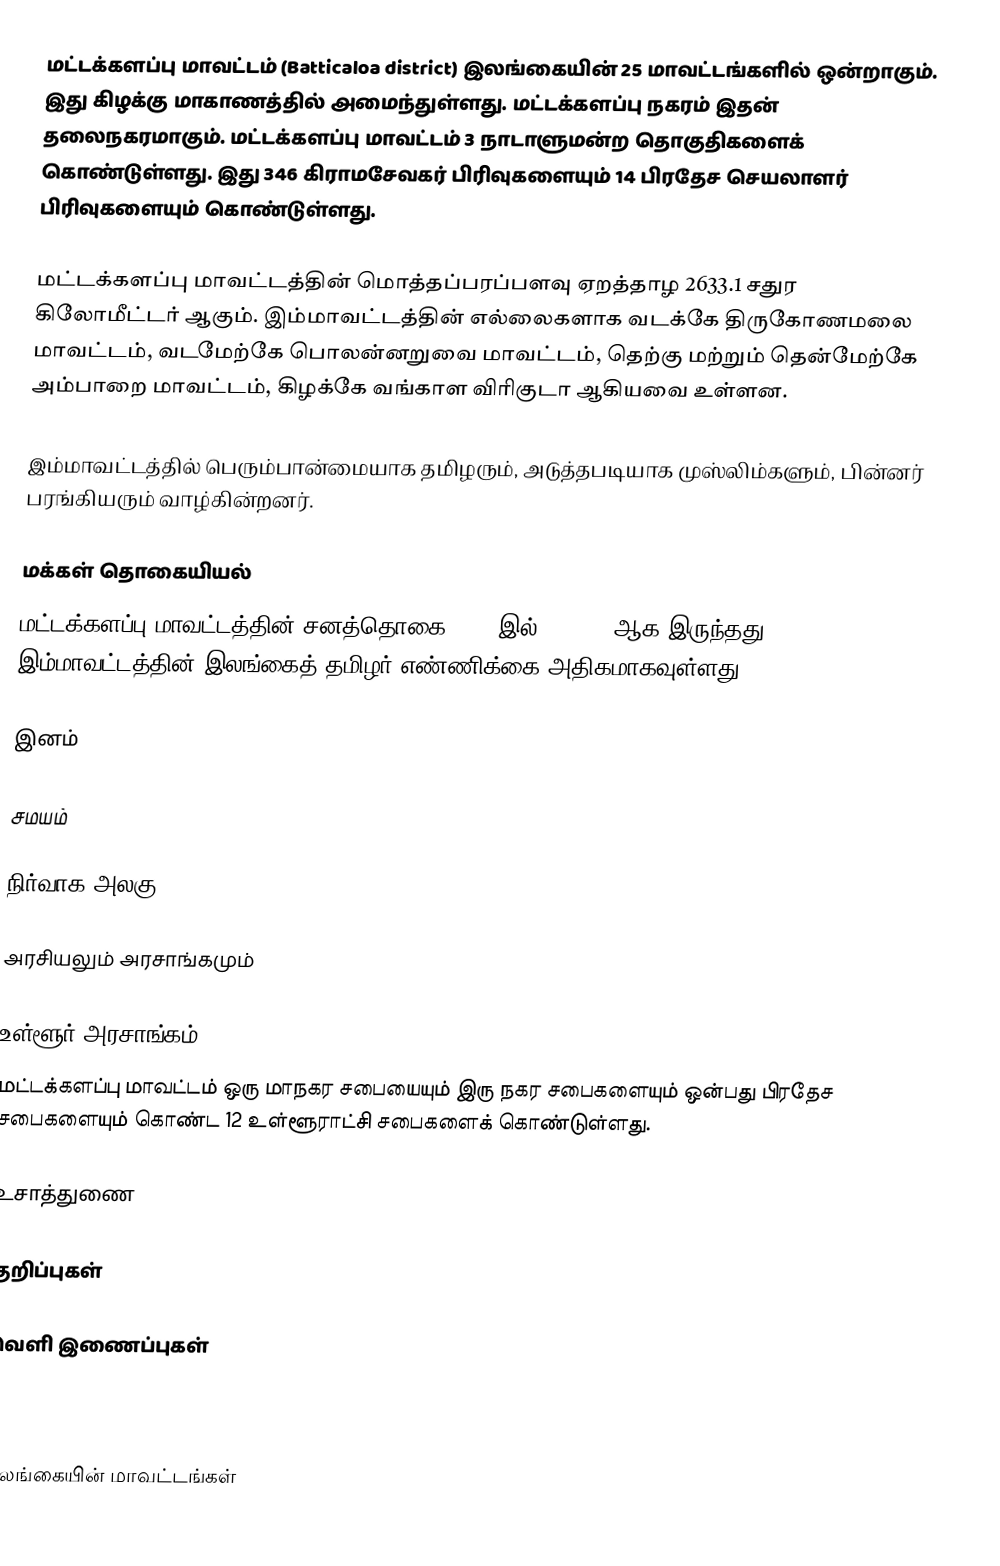
மட்டக்களப்பு மாவட்டம் (Batticaloa district) இலங்கையின் 25 மாவட்டங்களில் ஒன்றாகும். இது கிழக்கு மாகாணத்தில் அமைந்துள்ளது. மட்டக்களப்பு நகரம் இதன் தலைநகரமாகும். மட்டக்களப்பு மாவட்டம் 3 நாடாளுமன்ற தொகுதிகளைக் கொண்டுள்ளது. இது  346 கிராமசேவகர் பிரிவுகளையும் 14 பிரதேச செயலாளர் பிரிவுகளையும் கொண்டுள்ளது.

மட்டக்களப்பு மாவட்டத்தின் மொத்தப்பரப்பளவு ஏறத்தாழ 2633.1 சதுர கிலோமீட்டர் ஆகும். இம்மாவட்டத்தின் எல்லைகளாக வடக்கே திருகோணமலை மாவட்டம், வடமேற்கே பொலன்னறுவை மாவட்டம், தெற்கு மற்றும் தென்மேற்கே அம்பாறை மாவட்டம், கிழக்கே வங்காள விரிகுடா ஆகியவை உள்ளன.

இம்மாவட்டத்தில் பெரும்பான்மையாக தமிழரும், அடுத்தபடியாக முஸ்லிம்களும், பின்னர் பரங்கியரும் வாழ்கின்றனர்.

மக்கள் தொகையியல்
மட்டக்களப்பு மாவட்டத்தின் சனத்தொகை 2012 இல் 525,142 ஆக இருந்தது. இம்மாவட்டத்தின் இலங்கைத் தமிழர் எண்ணிக்கை அதிகமாகவுள்ளது.

இனம்

சமயம்

நிர்வாக அலகு

அரசியலும் அரசாங்கமும்

உள்ளூர் அரசாங்கம்
மட்டக்களப்பு மாவட்டம் ஒரு மாநகர சபையையும் இரு நகர சபைகளையும் ஒன்பது பிரதேச சபைகளையும் கொண்ட 12 உள்ளூராட்சி சபைகளைக் கொண்டுள்ளது.

உசாத்துணை

குறிப்புகள்

வெளி இணைப்புகள்

இலங்கையின் மாவட்டங்கள்